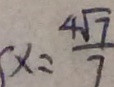
x = \frac { 4 \sqrt { 7 } } { 7 }